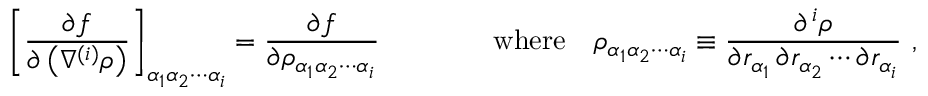
\left[ { \frac { \partial f } { \partial \left( \nabla ^ { ( i ) } \rho \right) } } \right] _ { \alpha _ { 1 } \alpha _ { 2 } \cdots \alpha _ { i } } = { \frac { \partial f } { \partial \rho _ { \alpha _ { 1 } \alpha _ { 2 } \cdots \alpha _ { i } } } } \qquad \qquad { \mathrm { w h e r e } } \quad \rho _ { \alpha _ { 1 } \alpha _ { 2 } \cdots \alpha _ { i } } \equiv { \frac { \partial ^ { \, i } \rho } { \partial r _ { \alpha _ { 1 } } \, \partial r _ { \alpha _ { 2 } } \cdots \partial r _ { \alpha _ { i } } } } \ ,